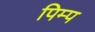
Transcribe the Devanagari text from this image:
पिम्प